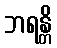
ဘရန္တိ